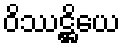
ဝိဿဋ္ဌိယေ